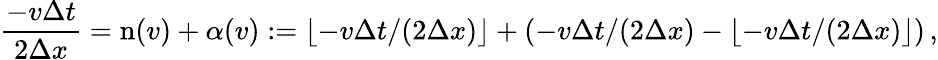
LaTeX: \frac{-v\Delta t}{2\Delta x}=\mathrm{n}(v)+\alpha(v):=\lfloor-v\Delta t/(2\Delta x)\rfloor+\left(-v\Delta t/(2\Delta x)-\lfloor-v\Delta t/(2\Delta x)\rfloor\right)\, ,